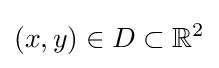
(x,y)\in D\subset \mathbb {R} ^{2}